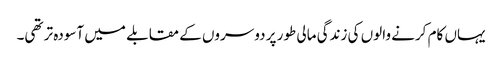
یہاں کام کرنے والوں کی زندگی مالی طور پر دوسروں کے مقابلے میں آسودہ تر تھی۔